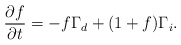
\begin{align*}\frac{\partial f}{\partial t}= -f \Gamma_d + (1+f) \Gamma_i.\end{align*}